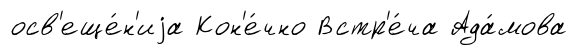
осв'еще́н'иjа Кон'е́чно Встр'е́ча Ада́мова